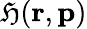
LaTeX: \mathfrak{H}(\textbf{{r}},\textbf{{p}})